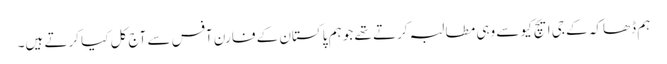
ہم ڈھاکہ کے جی ایچ کیو سے وہی مطالبہ کرتے تھے جو ہم پاکستان کے فارن آفس سے آج کل کیا کرتے ہیں۔